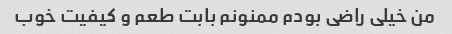
من خیلی راضی بودم ممنونم بابت طعم و کیفیت خوب